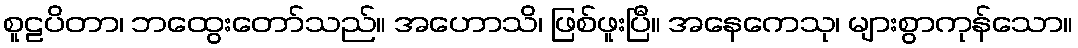
စူဠပိတာ၊ ဘထွေးတော်သည်။ အဟောသိ၊ ဖြစ်ဖူးပြီ။ အနေကေသု၊ များစွာကုန်သော။